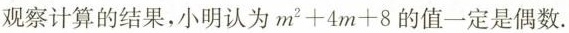
观察计算的结果，小明认为$$m^{ 2 } + 4 m + 8$$的值一定是偶数.